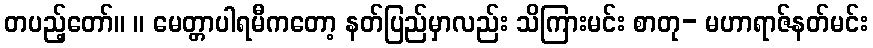
တပည့်တော်။ ။ မေတ္တာပါရမီကတော့ နတ်ပြည်မှာလည်း သိကြားမင်း စာတု- မဟာရာဇ်နတ်မင်း